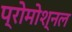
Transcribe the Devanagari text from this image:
प्रोमोश्नल